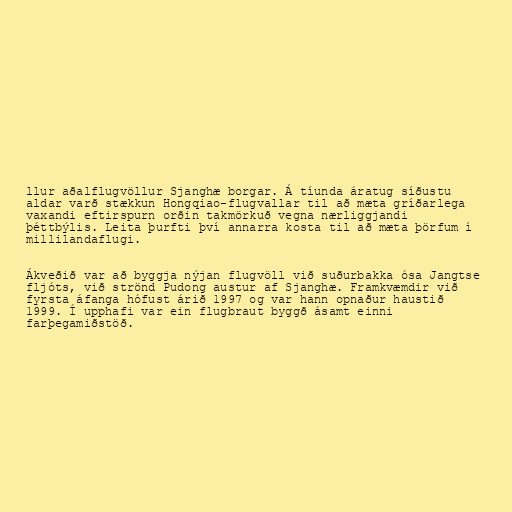
llur aðalflugvöllur Sjanghæ borgar. Á tíunda áratug síðustu
aldar varð stækkun Hongqiao-flugvallar til að mæta gríðarlega
vaxandi eftirspurn orðin takmörkuð vegna nærliggjandi
þéttbýlis. Leita þurfti því annarra kosta til að mæta þörfum í
millilandaflugi.

Ákveðið var að byggja nýjan flugvöll við suðurbakka ósa Jangtse
fljóts, við strönd Pudong austur af Sjanghæ. Framkvæmdir við
fyrsta áfanga hófust árið 1997 og var hann opnaður haustið
1999. Í upphafi var ein flugbraut byggð ásamt einni
farþegamiðstöð.